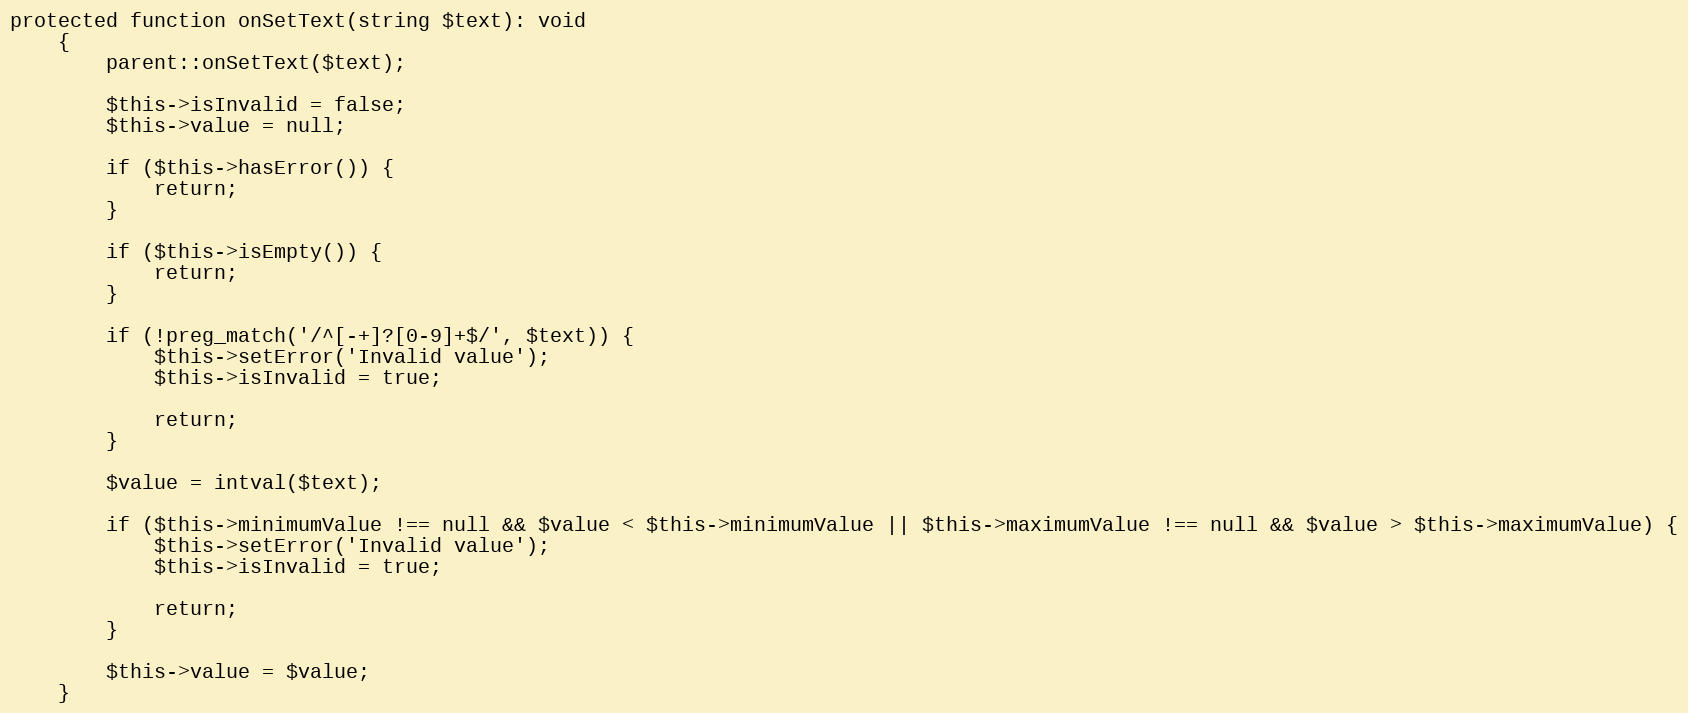
Language: PHP
protected function onSetText(string $text): void
    {
        parent::onSetText($text);

        $this->isInvalid = false;
        $this->value = null;

        if ($this->hasError()) {
            return;
        }

        if ($this->isEmpty()) {
            return;
        }

        if (!preg_match('/^[-+]?[0-9]+$/', $text)) {
            $this->setError('Invalid value');
            $this->isInvalid = true;

            return;
        }

        $value = intval($text);

        if ($this->minimumValue !== null && $value < $this->minimumValue || $this->maximumValue !== null && $value > $this->maximumValue) {
            $this->setError('Invalid value');
            $this->isInvalid = true;

            return;
        }

        $this->value = $value;
    }